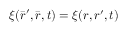
\xi ( \bar { \boldsymbol { r } } ^ { \prime } , \bar { \boldsymbol { r } } , t ) = \xi ( \boldsymbol { r } , \boldsymbol { r } ^ { \prime } , t )